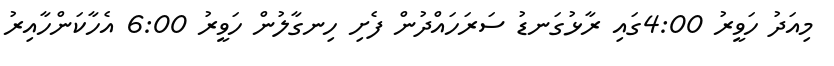
މިއަދު ހަވީރު 4:00ގައި ރާޅުގަނޑު ސަރަހައްދުން ފެށި ހިނގާލުން ހަވީރު 6:00 އެހާކަންހާއިރު